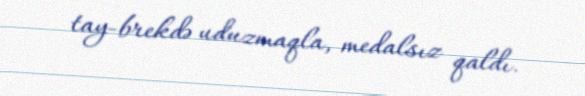
tay-brekdə uduzmaqla, medalsız qaldı.